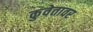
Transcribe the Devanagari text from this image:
कुवेतावर